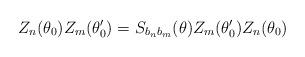
LaTeX: \begin{align*}Z_{n}(\theta _{0})Z_{m}(\theta _{0}^{\prime })=S_{b_{n}b_{m}}(\theta)Z_{m}(\theta _{0}^{\prime })Z_{n}(\theta _{0})\end{align*}